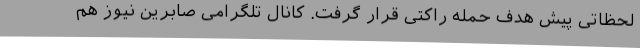
لحظاتی پیش هدف حمله راکتی قرار گرفت. کانال تلگرامی صابرین نیوز هم